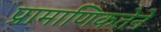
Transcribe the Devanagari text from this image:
प्रामाणिकतेने